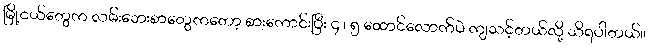
မြို့ငယ်တွေက လမ်းဘေးစာတွေကတော့ စားကောင်းပြီး ၄ ၊ ၅ ထောင်လောက်ပဲ ကျသင့်တယ်လို့ သိရပါတယ်။